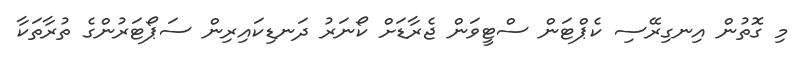
މި ގޮތުން އިނގިރޭސި ކެޕްޓަން ސްޓީވަން ޖެރާޑަށް ކޯނަރު ދަނޑިކައިރިން ސަޕޯޓަރުންގެ ތުރާތަކާ